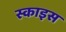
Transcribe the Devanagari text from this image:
स्काइस